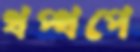
থপ্‌থপে